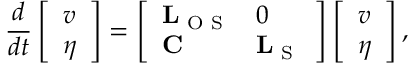
\frac { d } { d t } \left[ \begin{array} { l } { v } \\ { \eta } \end{array} \right] = \left[ \begin{array} { l l } { \mathbf { L } _ { \textrm { O S } } } & { 0 } \\ { \mathbf { C } } & { \mathbf { L } _ { \textrm { S } } } \end{array} \right] \left[ \begin{array} { l } { v } \\ { \eta } \end{array} \right] ,